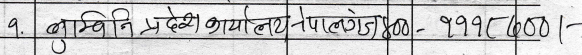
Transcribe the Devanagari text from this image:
१. भुमिनी प्रदेश कार्यालय, नेपालगञ्ज) ८००- १११८८०० |-